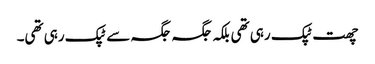
چھت ٹپک رہی تھی بلکہ جگہ جگہ سے ٹپک رہی تھی۔